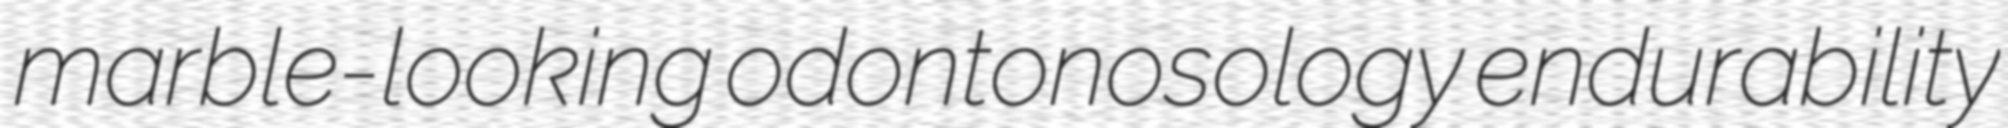
marble-looking odontonosology endurability